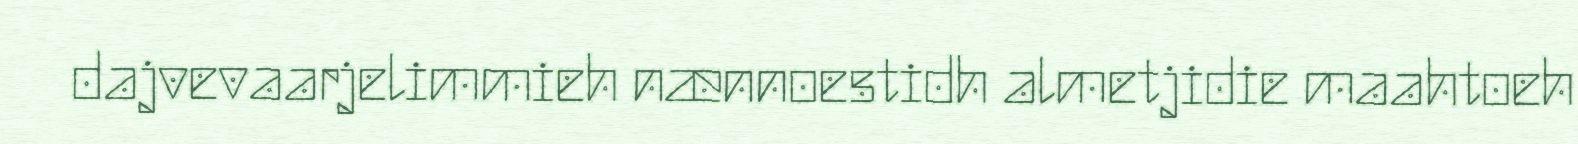
dajvevaarjelimmieh nænnoestidh almetjidie maahtoeh